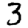
Digit: 3